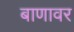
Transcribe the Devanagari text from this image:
बाणावर